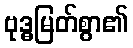
ဗုဒ္ဓမြတ်စွာ၏